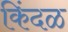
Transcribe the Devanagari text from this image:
किंदळ